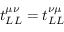
t _ { L L } ^ { \mu \nu } = t _ { L L } ^ { \nu \mu }